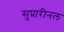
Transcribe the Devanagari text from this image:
सुप्रारीनल